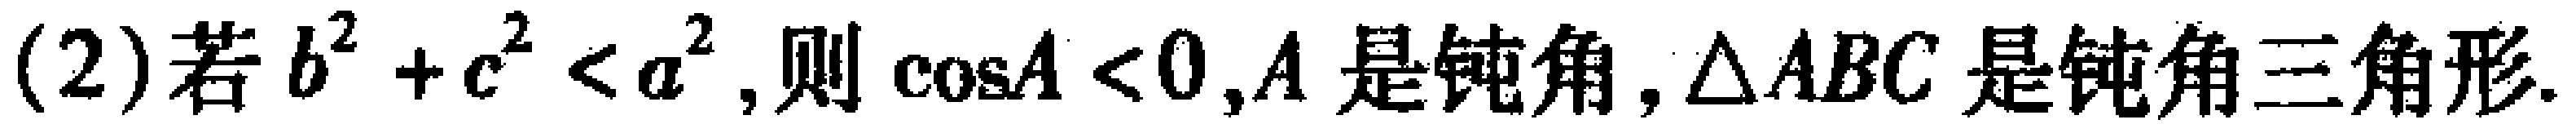
(2)若\(b^{2}+c^{2}<a^{2}\),则\(\cos A < 0\),\(A\)是钝角,\(\triangle ABC\)是钝角三角形.